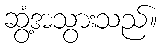
ဆွံ့အသွားသည်။